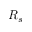
R _ { s }